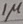
Text: 1µ